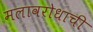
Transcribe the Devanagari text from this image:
मलावरोधाची